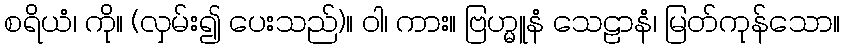
စရိယံ၊ ကို။ (လှမ်း၍ ပေးသည်)။ ဝါ၊ ကား။ ဗြဟ္မူနံ သေဠာနံ၊ မြတ်ကုန်သော။